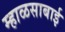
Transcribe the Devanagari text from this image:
म्हाळसाबाई